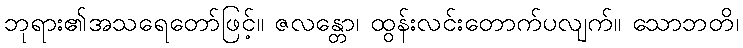
ဘုရား၏အသရေတော်ဖြင့်။ ဇလန္တော၊ ထွန်းလင်းတောက်ပလျက်။ သောဘတိ၊